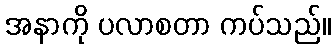
အနာကို ပလာစတာ ကပ်သည်။